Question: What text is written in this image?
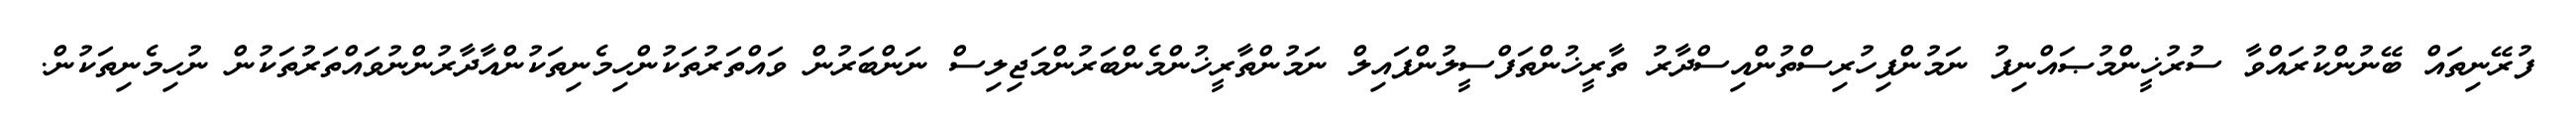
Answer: ފުރޭނިތައް ބޭނުންކުރައްވާ ސުރުޚީންމުޞައްނިފު ނަމުންފިހުރިސްތުންއިސްދާރު ތާރީޚުންތަފްސީލުންފައިލް ނަމުންތާރީޚުންމެންބަރުންމަޖިލިސް ނަންބަރުން ވައްތަރުތަކުންހިމެނިތަކުންއާދާރުންނުވައްތަރުތަކުން ނުހިމެނިތަކުން.